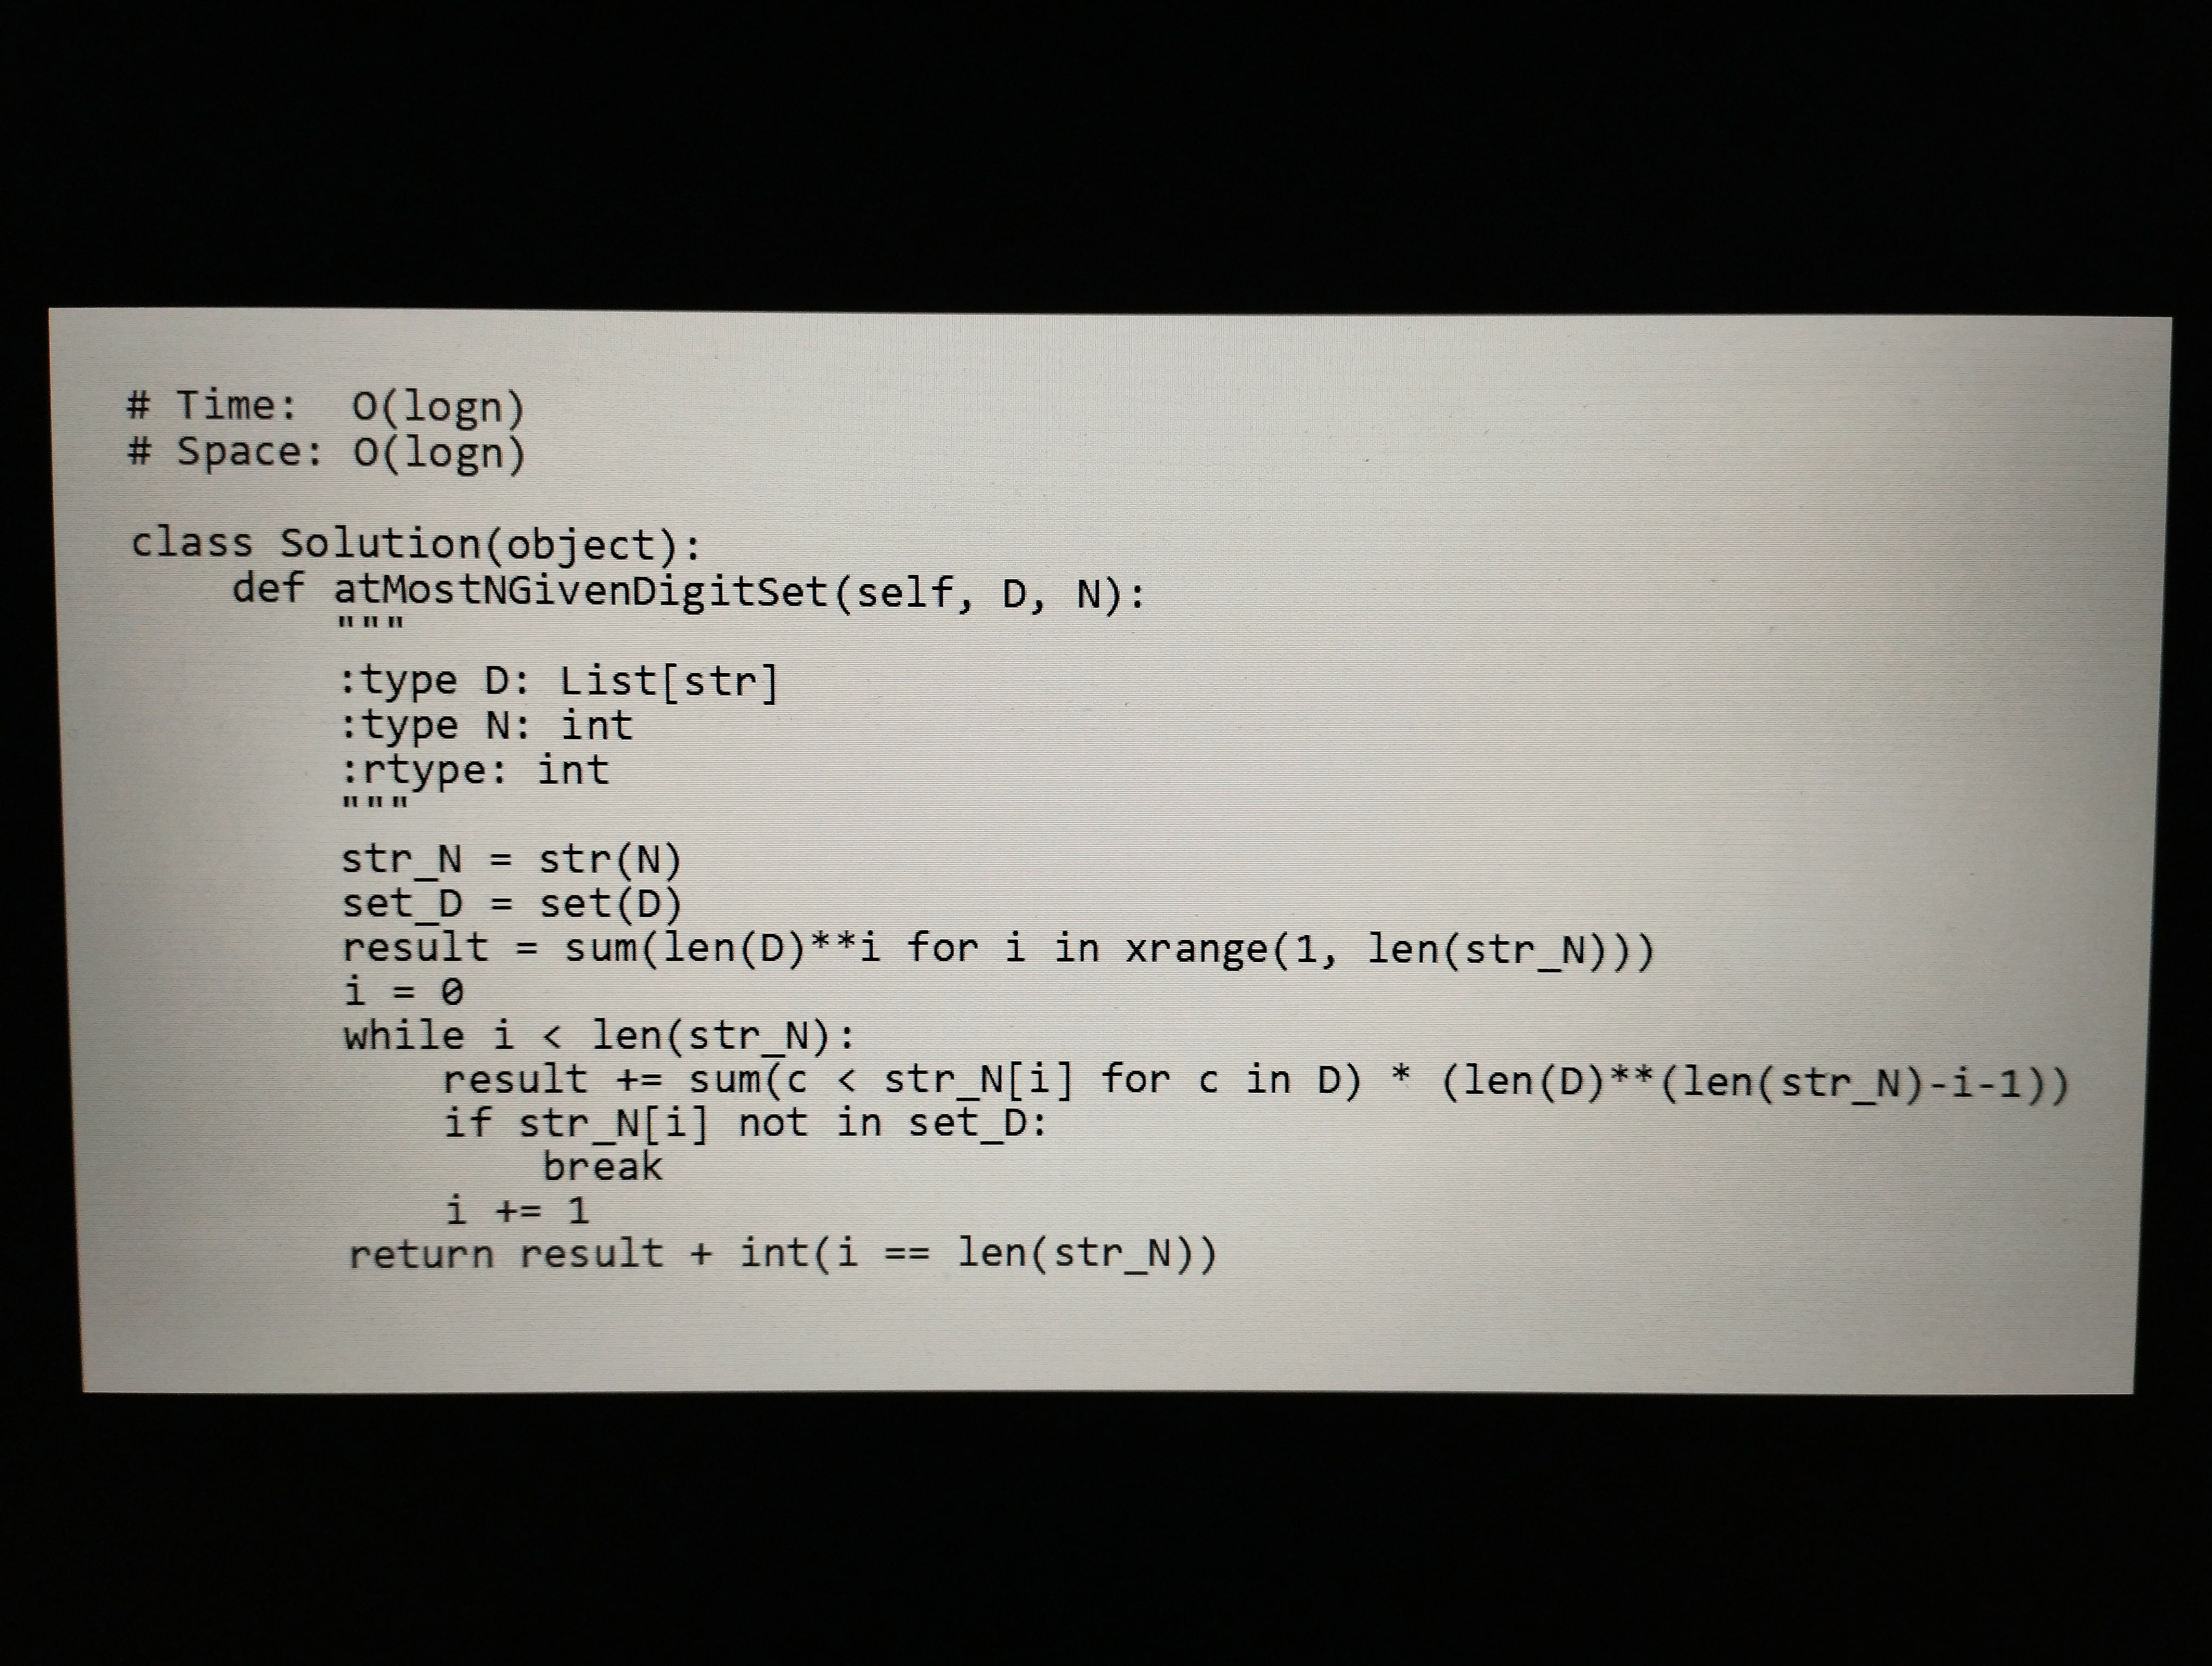
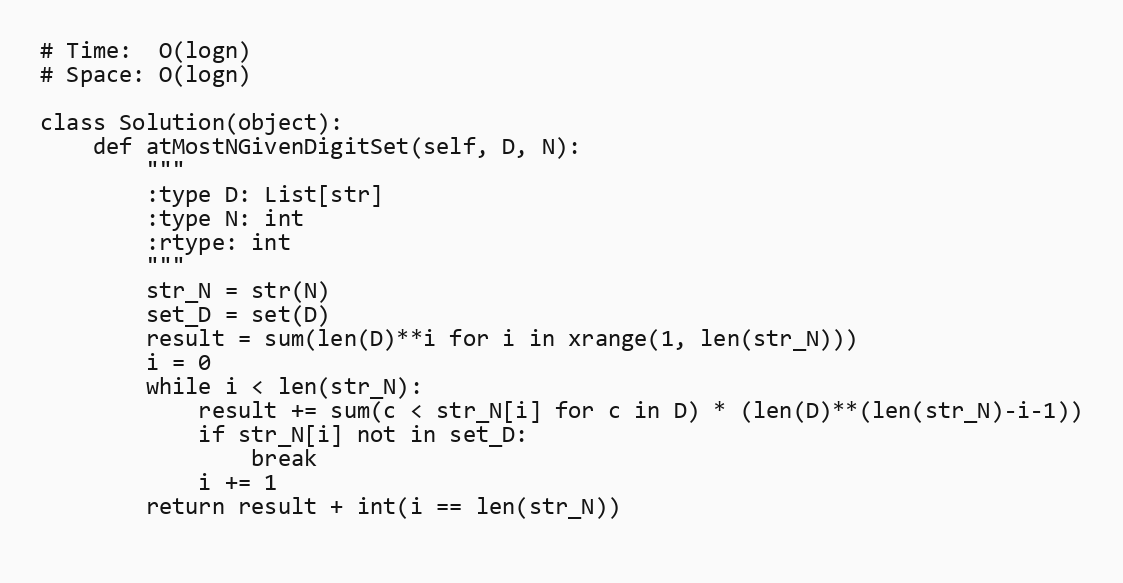
# Time:  O(logn)
# Space: O(logn)

class Solution(object):
    def atMostNGivenDigitSet(self, D, N):
        """
        :type D: List[str]
        :type N: int
        :rtype: int
        """
        str_N = str(N)
        set_D = set(D)
        result = sum(len(D)**i for i in xrange(1, len(str_N)))
        i = 0
        while i < len(str_N):
            result += sum(c < str_N[i] for c in D) * (len(D)**(len(str_N)-i-1))
            if str_N[i] not in set_D:
                break
            i += 1
        return result + int(i == len(str_N))